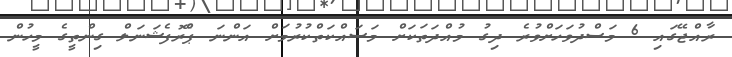
ރާއްޖޭގައި 6 މަސްދުވަހަށްވުރެ ދިގު މުއްދަތަކަށް މަސައްކަތްކުރުމަށް އަންނަ ޕްެރޮފެޝަނަލް ގިންތީގެ މީހުން